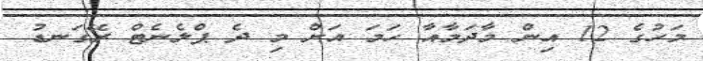
މަހުގެ 12 އިން މާދަމާއާ ހަމަ އަށް މި ދެ ޕްލެނެޓް ރޭގަނޑު